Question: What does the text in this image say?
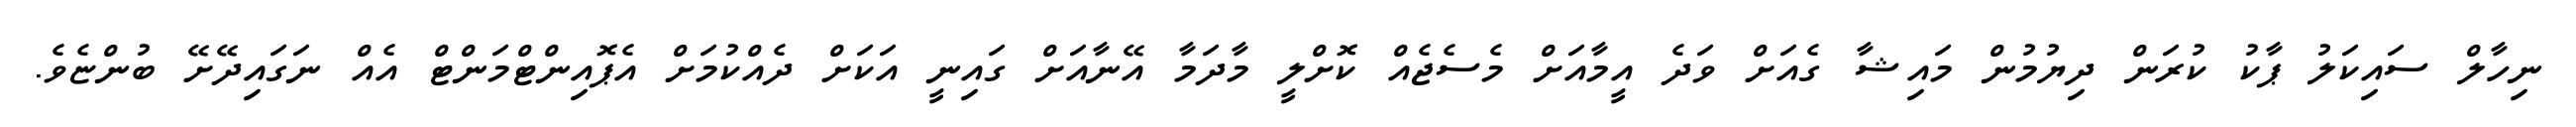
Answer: ނިހާލް ސައިކަލު ޕާކު ކުރަން ދިޔުމުން މައިޝާ ގެއަށް ވަދެ އީމާއަށް މެސެޖެއް ކޮށްލީ މާދަމާ އޭނާއަށް ގައިނީ އަކަށް ދެއްކުމަށް އެޕޮއިންޓްމަންޓް އެއް ނަގައިދޭށޭ ބުންޏެވެ.